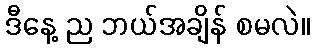
ဒီနေ့ ည ဘယ်အချိန် စမလဲ။